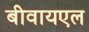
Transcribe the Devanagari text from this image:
बीवायएल